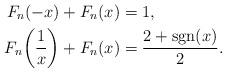
LaTeX: \begin{align*}F_n(-x) + F_n(x) &= 1, \\F_n\!\left(\frac{1}{x}\right) + F_n(x) &= \frac{2+\operatorname{sgn}(x)}{2}. \end{align*}